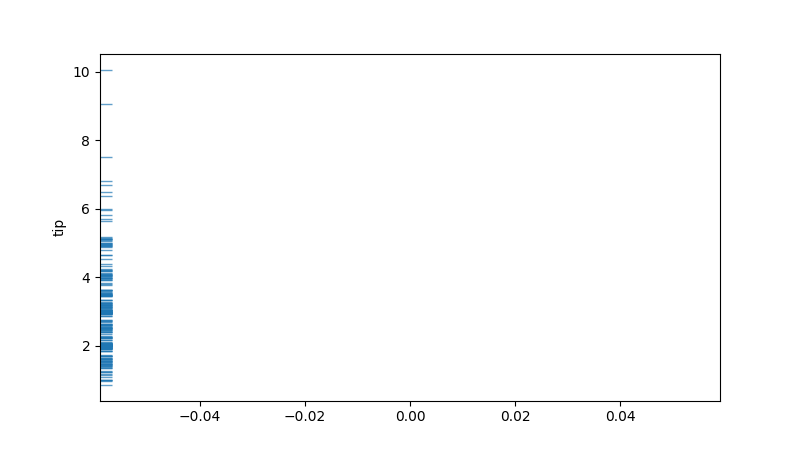
python, seaborn, rugplot, height=0.02, axis='y', alpha=0.7